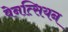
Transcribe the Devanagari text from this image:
वेनत्सियन